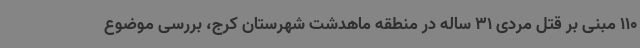
110 مبنی بر قتل مردی 31 ساله در منطقه ماهدشت شهرستان کرج، بررسی موضوع